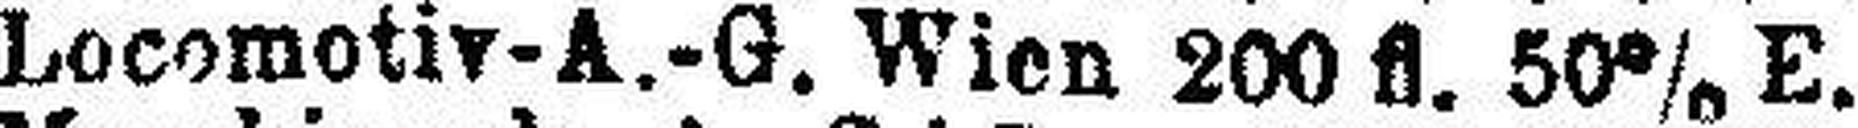
Locomotiv-A.-G. Wien 200 fl. 50% E.